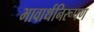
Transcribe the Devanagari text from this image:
भावार्थनिरूपण